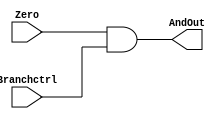
`timescale 1ns / 1ps
module And_For_Branch(Branchctrl,Zero,AndOut);
input Branchctrl , Zero;
output reg AndOut;
    always@(*)begin
        AndOut <= Zero && Branchctrl;
    end
endmodule